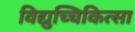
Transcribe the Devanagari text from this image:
विद्युच्चिकित्सा